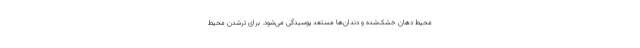
محیط دهان خشک‌شده و دندان‌ها مستعد پوسیدگی می‌شود. برای ترشدن محیط